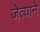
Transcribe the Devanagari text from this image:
जेत्याने